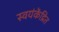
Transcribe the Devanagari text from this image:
स्वयंकेंद्रित